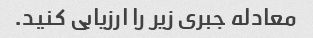
معادله جبری زیر را ارزیابی کنید.